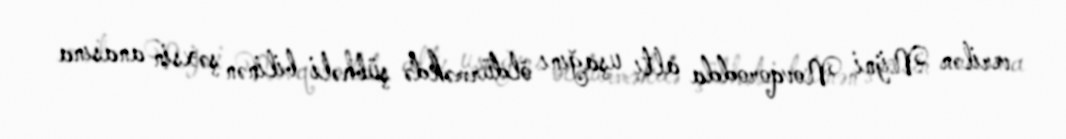
verilən Nijni Novqorodda altı uşağını öldürməkdə şübhəli bilinən şəxsin anasına